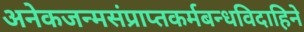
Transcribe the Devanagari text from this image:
अनेकजन्मसंप्राप्तकर्मबन्धविदाहिने